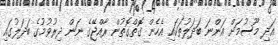
އަދި މޫސުމަށް އަންނަ ބަދަލުތަކައި އެހެން ގޮތްގޮތުން ރާއްޖޭގެ ނަން ދިރުވުމުގެ ބަދަލުގައި